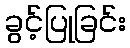
ခွင့်ပြုခြင်း